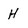
Character: H